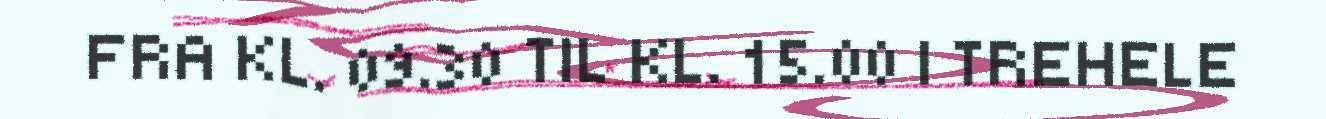
FRA KL. 09.30 TIL KL. 15.00 I TREHELE